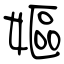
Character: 嫗